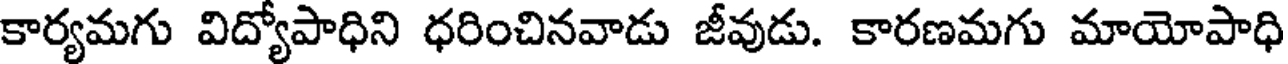
కార్యమగు విద్యోపాధిని ధరించినవాడు జీవుడు. కారణమగు మాయోపాధి